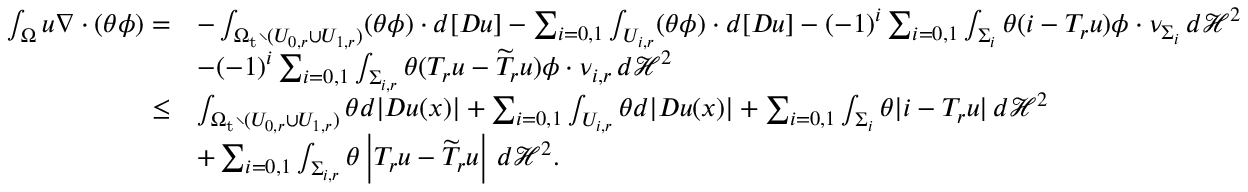
\begin{array} { r l } { \int _ { \Omega } u \nabla \cdot \left( \theta \phi \right) = } & { - \int _ { \Omega _ { \mathrm { t } } \setminus ( U _ { 0 , r } \cup U _ { 1 , r } ) } ( \theta \phi ) \cdot d [ D u ] - \sum _ { i = 0 , 1 } \int _ { U _ { i , r } } ( \theta \phi ) \cdot d [ D u ] - ( - 1 ) ^ { i } \sum _ { i = 0 , 1 } \int _ { \Sigma _ { i } } \theta ( i - T _ { r } u ) \phi \cdot \nu _ { \Sigma _ { i } } \, d \mathcal H ^ { 2 } } \\ & { - ( - 1 ) ^ { i } \sum _ { i = 0 , 1 } \int _ { \Sigma _ { i , r } } \theta ( T _ { r } u - \widetilde { T } _ { r } u ) \phi \cdot \nu _ { i , r } \, d \mathcal H ^ { 2 } } \\ { \leq } & { \int _ { \Omega _ { \mathrm { t } } \setminus ( U _ { 0 , r } \cup U _ { 1 , r } ) } \theta d | D u ( x ) | + \sum _ { i = 0 , 1 } \int _ { U _ { i , r } } \theta d | D u ( x ) | + \sum _ { i = 0 , 1 } \int _ { \Sigma _ { i } } \theta | i - T _ { r } u | \, d \mathcal H ^ { 2 } } \\ & { + \sum _ { i = 0 , 1 } \int _ { \Sigma _ { i , r } } \theta \left| T _ { r } u - \widetilde { T } _ { r } u \right| \, d \mathcal H ^ { 2 } . } \end{array}